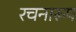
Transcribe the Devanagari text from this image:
रचनारूप